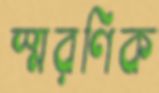
স্মরণিক